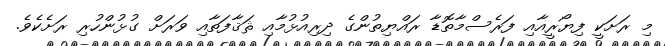
މި ރަށަކީ ފިޔޯރީއާއި ފަރެސްމާތޮޑާ ރައްޔިތުންގެ ދިރިއުޅުމާއި ޘަޤާފަތާއި ވަރަށް ގުޅުންހުރި ރަށެކެވެ.